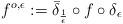
LaTeX: \begin{align*}f^{o,\epsilon}:= \bar\delta_{\frac1\epsilon}\circ f\circ\delta_\epsilon\end{align*}